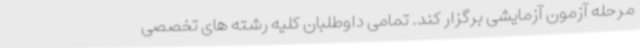
مرحله آزمون آزمایشی برگزار کند. تمامی داوطلبان کلیه رشته های تخصصی